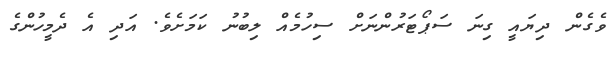
ވެގެން ދިޔައީ ގިނަ ސަޕޯޓަރުންނަށް ސިހުމެއް ލިބުނު ކަމަށެވެ. އަދި އެ ދެމީހުންގެ